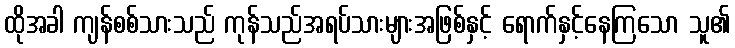
ထိုအခါ ကျန်စစ်သားသည် ကုန်သည်အရပ်သားများအဖြစ်နှင့် ရောက်နှင့်နေကြသော သူ၏